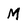
Character: M